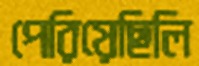
পেরিয়েছিলি